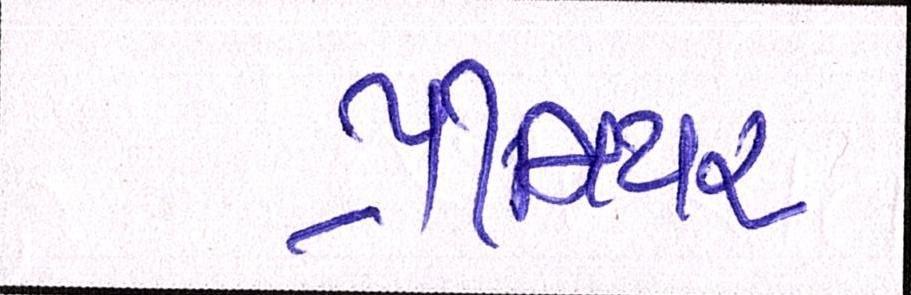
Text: પ્રીમિયર